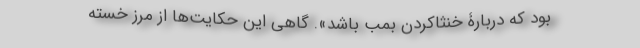
بود که دربارۀ خنثا‌کردن بمب باشد». گاهی این حکایت‌ها از مرز خسته‌